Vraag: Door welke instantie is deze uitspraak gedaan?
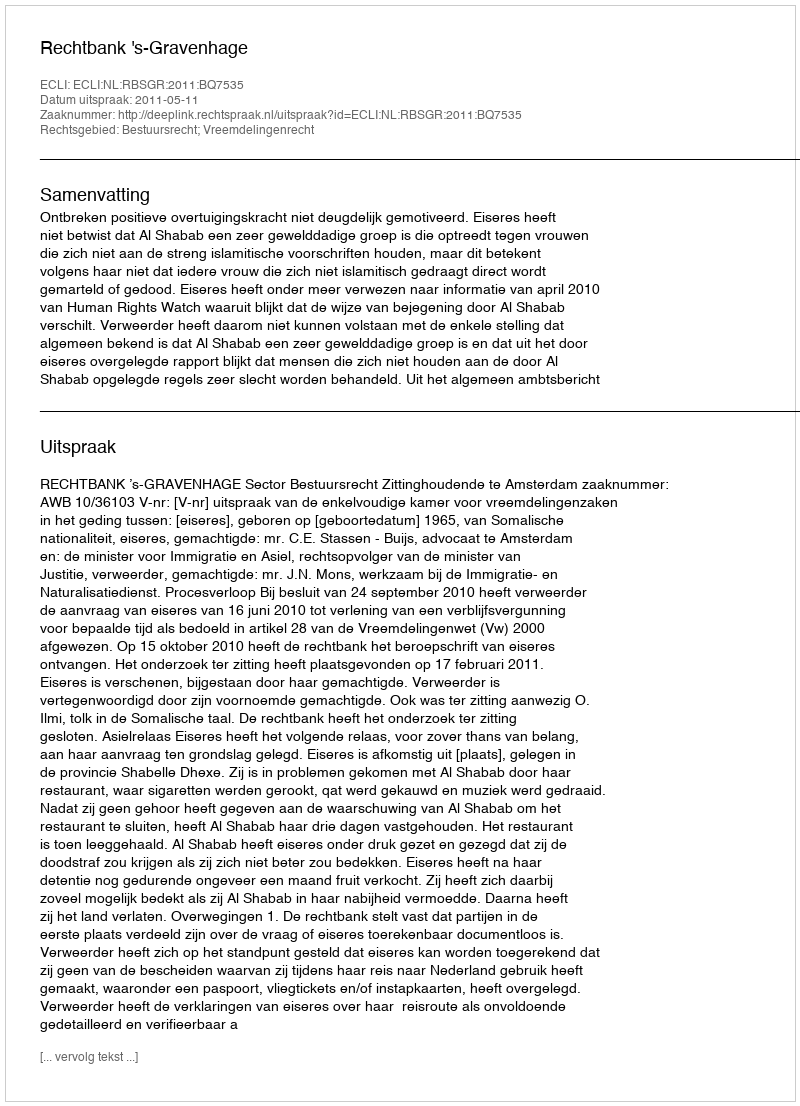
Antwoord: Rechtbank 's-Gravenhage